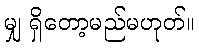
မျှ ရှိတော့မည်မဟုတ်။